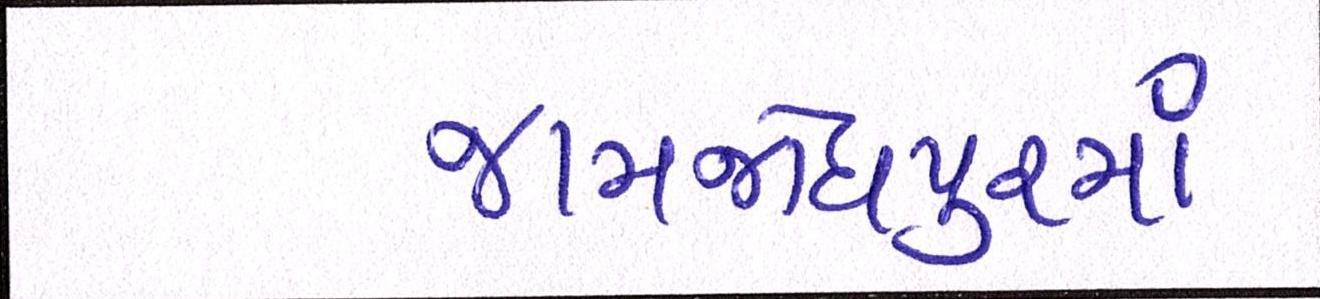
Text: જામજોધપુરમાં